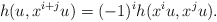
\begin{align*} h(u,x^{i+j}u) = (-1)^i h(x^{i}u,x^ju).\end{align*}